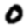
Digit: 0